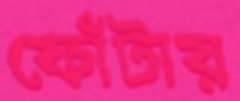
ফোঁটায়